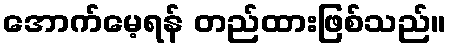
အောက်မေ့ရန် တည်ထားဖြစ်သည်။